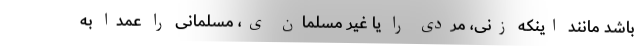
باشد مانند اینکه زنی، مردی را یا غیر مسلمان ی، مسلمانی را عمداً به